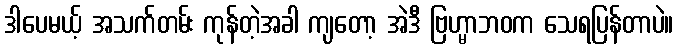
ဒါပေမယ့် အသက်တမ်း ကုန်တဲ့အခါ ကျတော့ အဲဒီ ဗြဟ္မာဘဝက သေရပြန်တာပဲ။